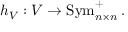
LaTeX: h _ { V } : V \to \operatorname { S y m } _ { n \times n } ^ { + } .